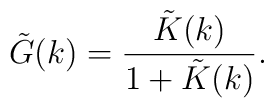
\tilde{G}(k)=\frac{\tilde{K}(k)}{1+\tilde{K}(k)}.